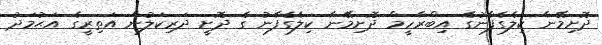
ދޮށިމޭނާ ކިލެގެފާނުގެ އިބްރާހީމް ދޮށިމޭނާ ކިލެގެފާނު ގެ ދޮށީ ދަރިކަލުން އަތިރީގެ އަޙުމަދު